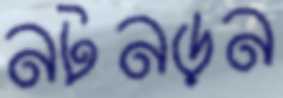
নটনড়ন